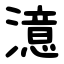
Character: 澺